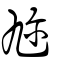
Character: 𠃩